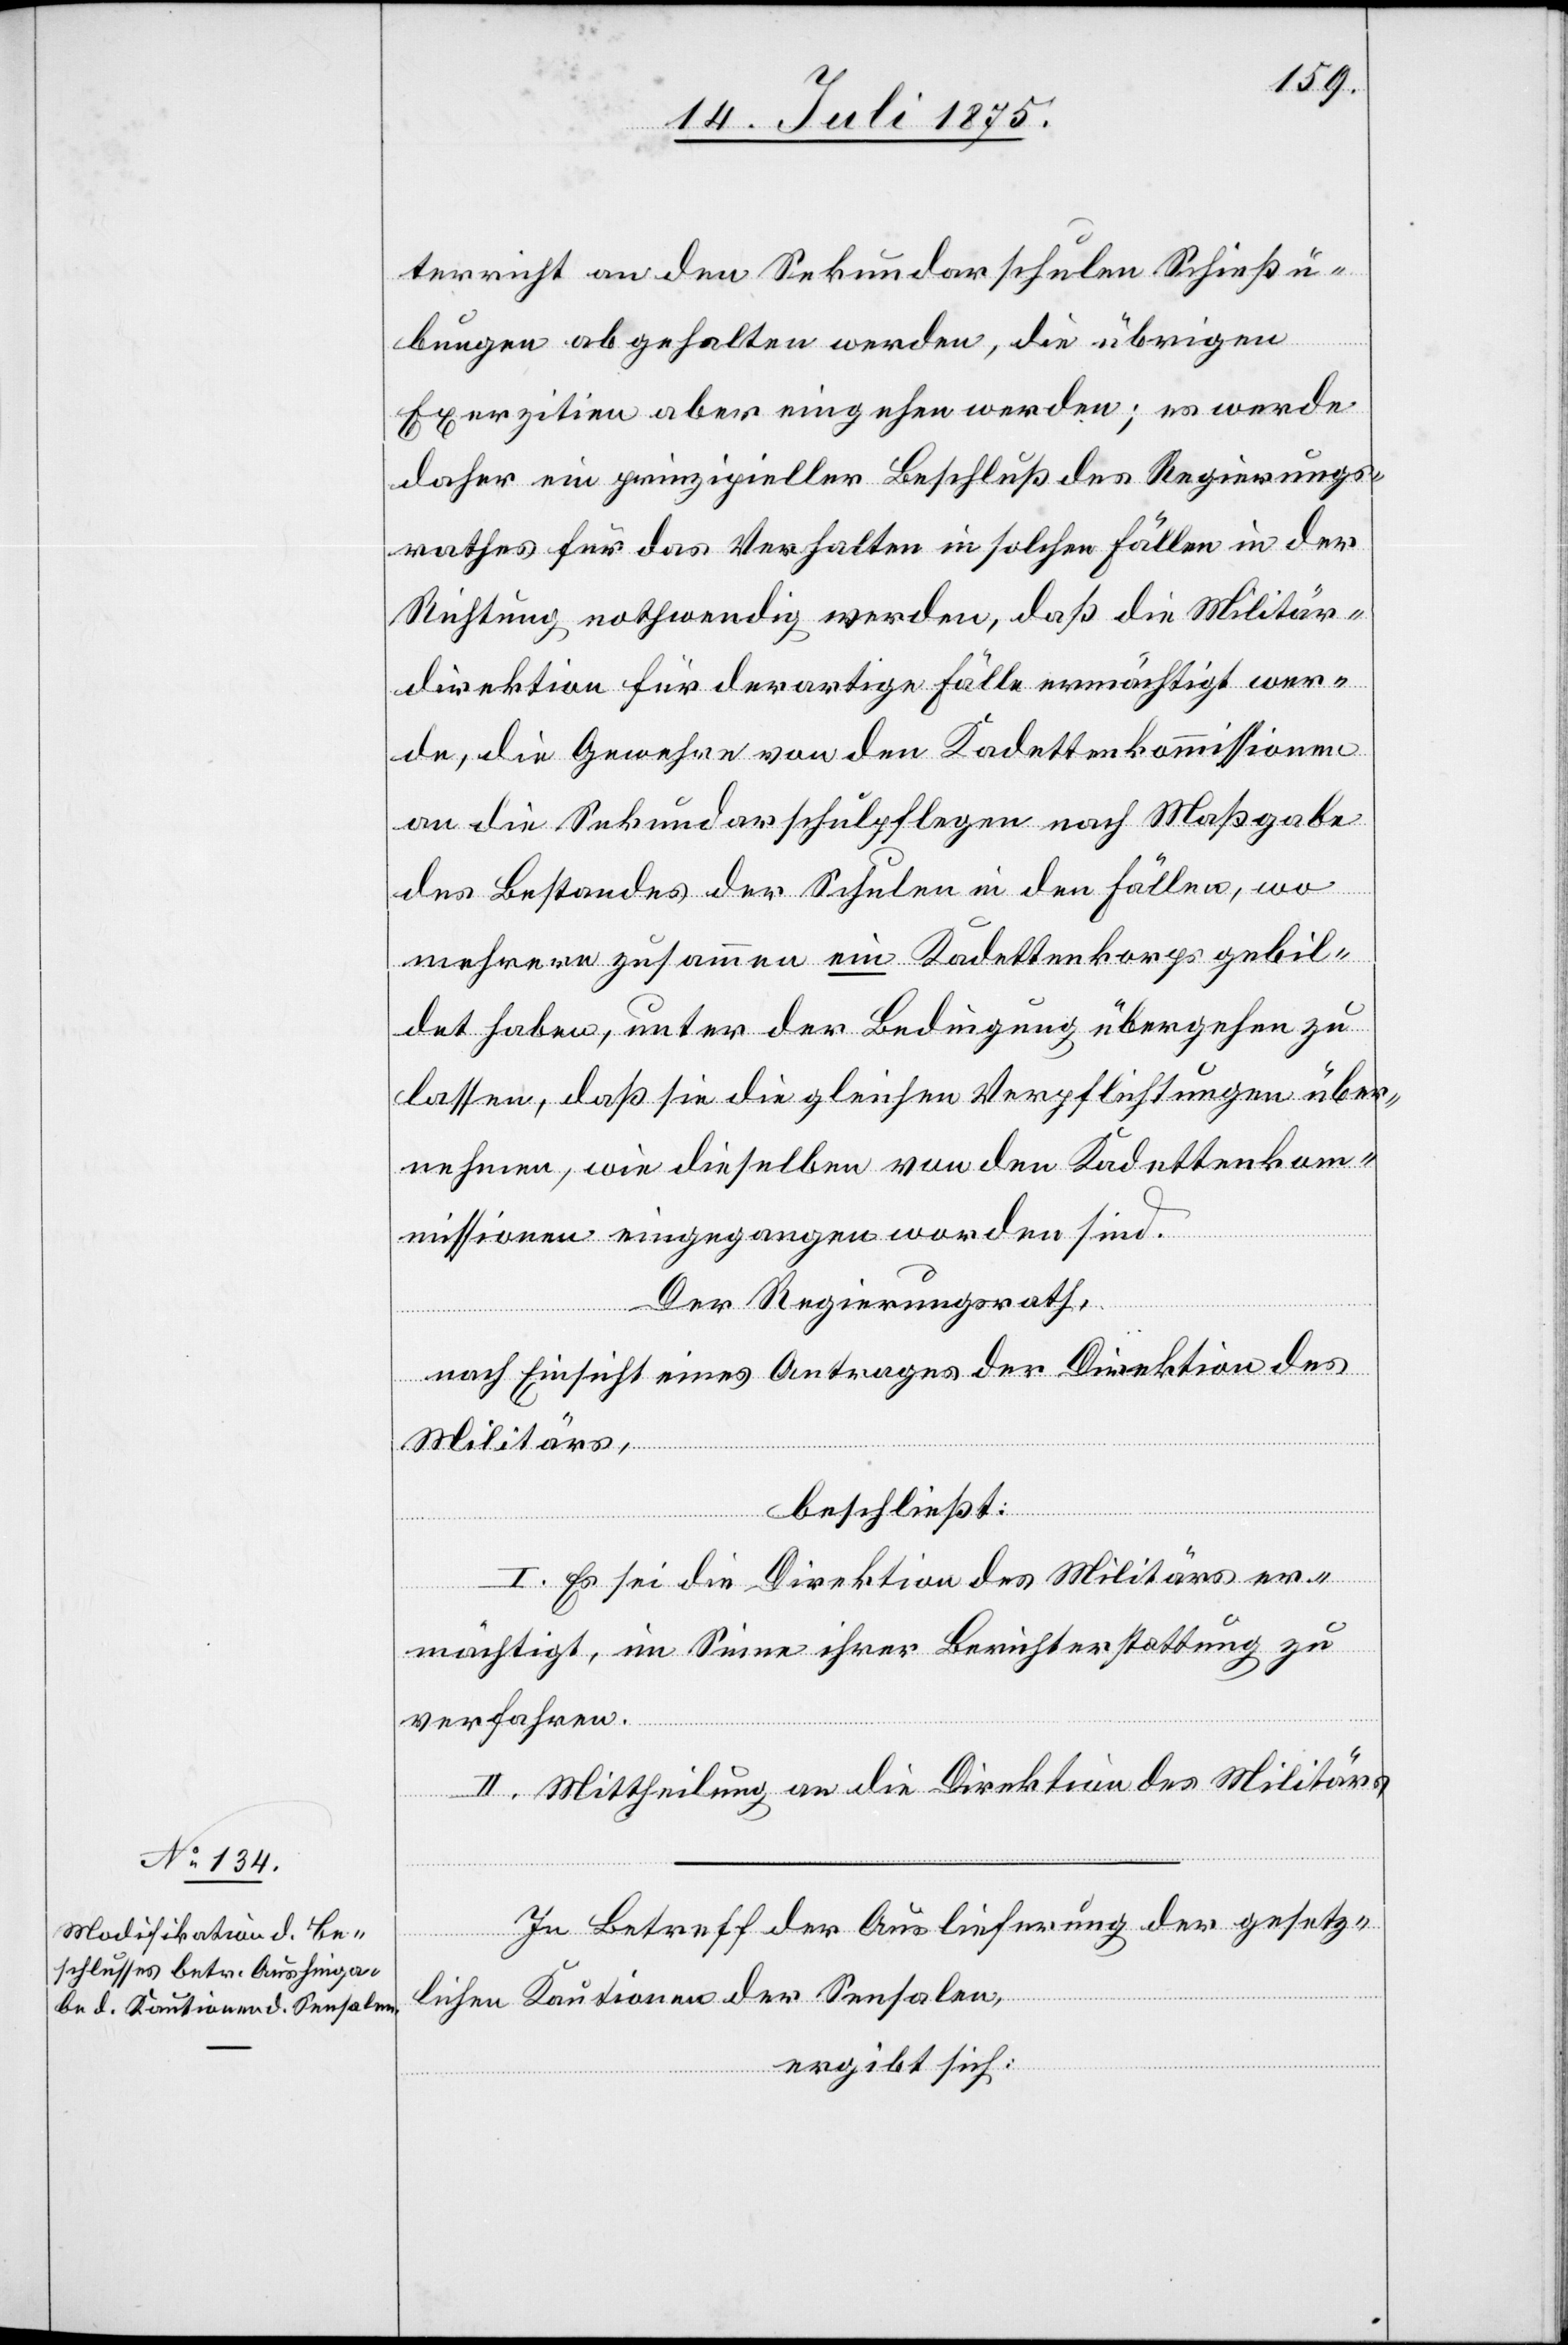
terricht an den Sekundarschulen Schießü¬
bungen abgehalten werden, die übrigen
daher ein prinzipieller Beschluß des Regierungs¬
rathes für das Verhalten in solchen Fällen in der
Richtung nothwendig werden, daß die Militär¬
direktion für derartige Fälle ermächtigt wer¬
de, die Gewehre von den Kadettenkommissionen
an die Sekundaschulpflegen nach Maßgabe
des Bestandes der Schulen in den Fällen, wo
mehrere zusammen ein Kadettenkorps gebil¬
det haben, unter der Bedingung übergehen zu
lassen, daß sie die gleichen Verpflichtungen über¬
nehmen, wie dieselben von den Kadettenko¬
mmissionen eingegangen worden sind.
Der Regierungsrath,
nach Einsicht eines Antrages der Direktion des
Militärs,
beschließt:
I. Es sei die Direktion des Militärs er¬
mächtigt, im Sinne ihrer Berichterstattung zu
es
verfahren.
II. Mittheilung an die Direktion des Militärs.
In Betreff der Auslieferung der gesetz¬
lichen Kautionen der Sensalen,
ergibt sich:
werde